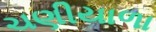
ચણીયાળા